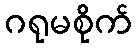
ဂရုမစိုက်